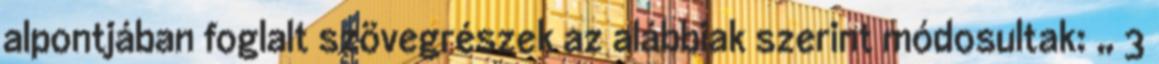
alpontjában foglalt szövegrészek az alábbiak szerint módosultak: „ 3